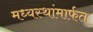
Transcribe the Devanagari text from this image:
मध्यस्थांमार्फत